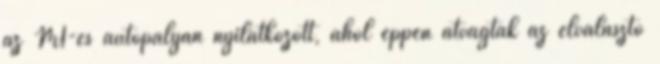
az M1-es autópályán nyilatkozott, ahol éppen átvágták az elválasztó